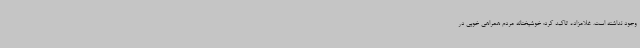
وجود نداشته است. غلامزاده تاکید کرد: خوشبختانه مردم همراهی خوبی در